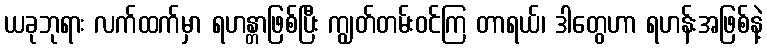
ယခုဘုရား လက်ထက်မှာ ရဟန္တာဖြစ်ပြီး ကျွတ်တမ်းဝင်ကြ တာရယ်၊ ဒါတွေဟာ ရဟန်းအဖြစ်နဲ့